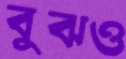
বুঝও